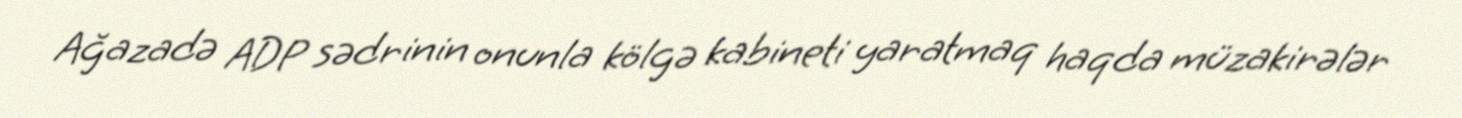
Ağazadə ADP sədrinin onunla kölgə kabineti yaratmaq haqda müzakirələr